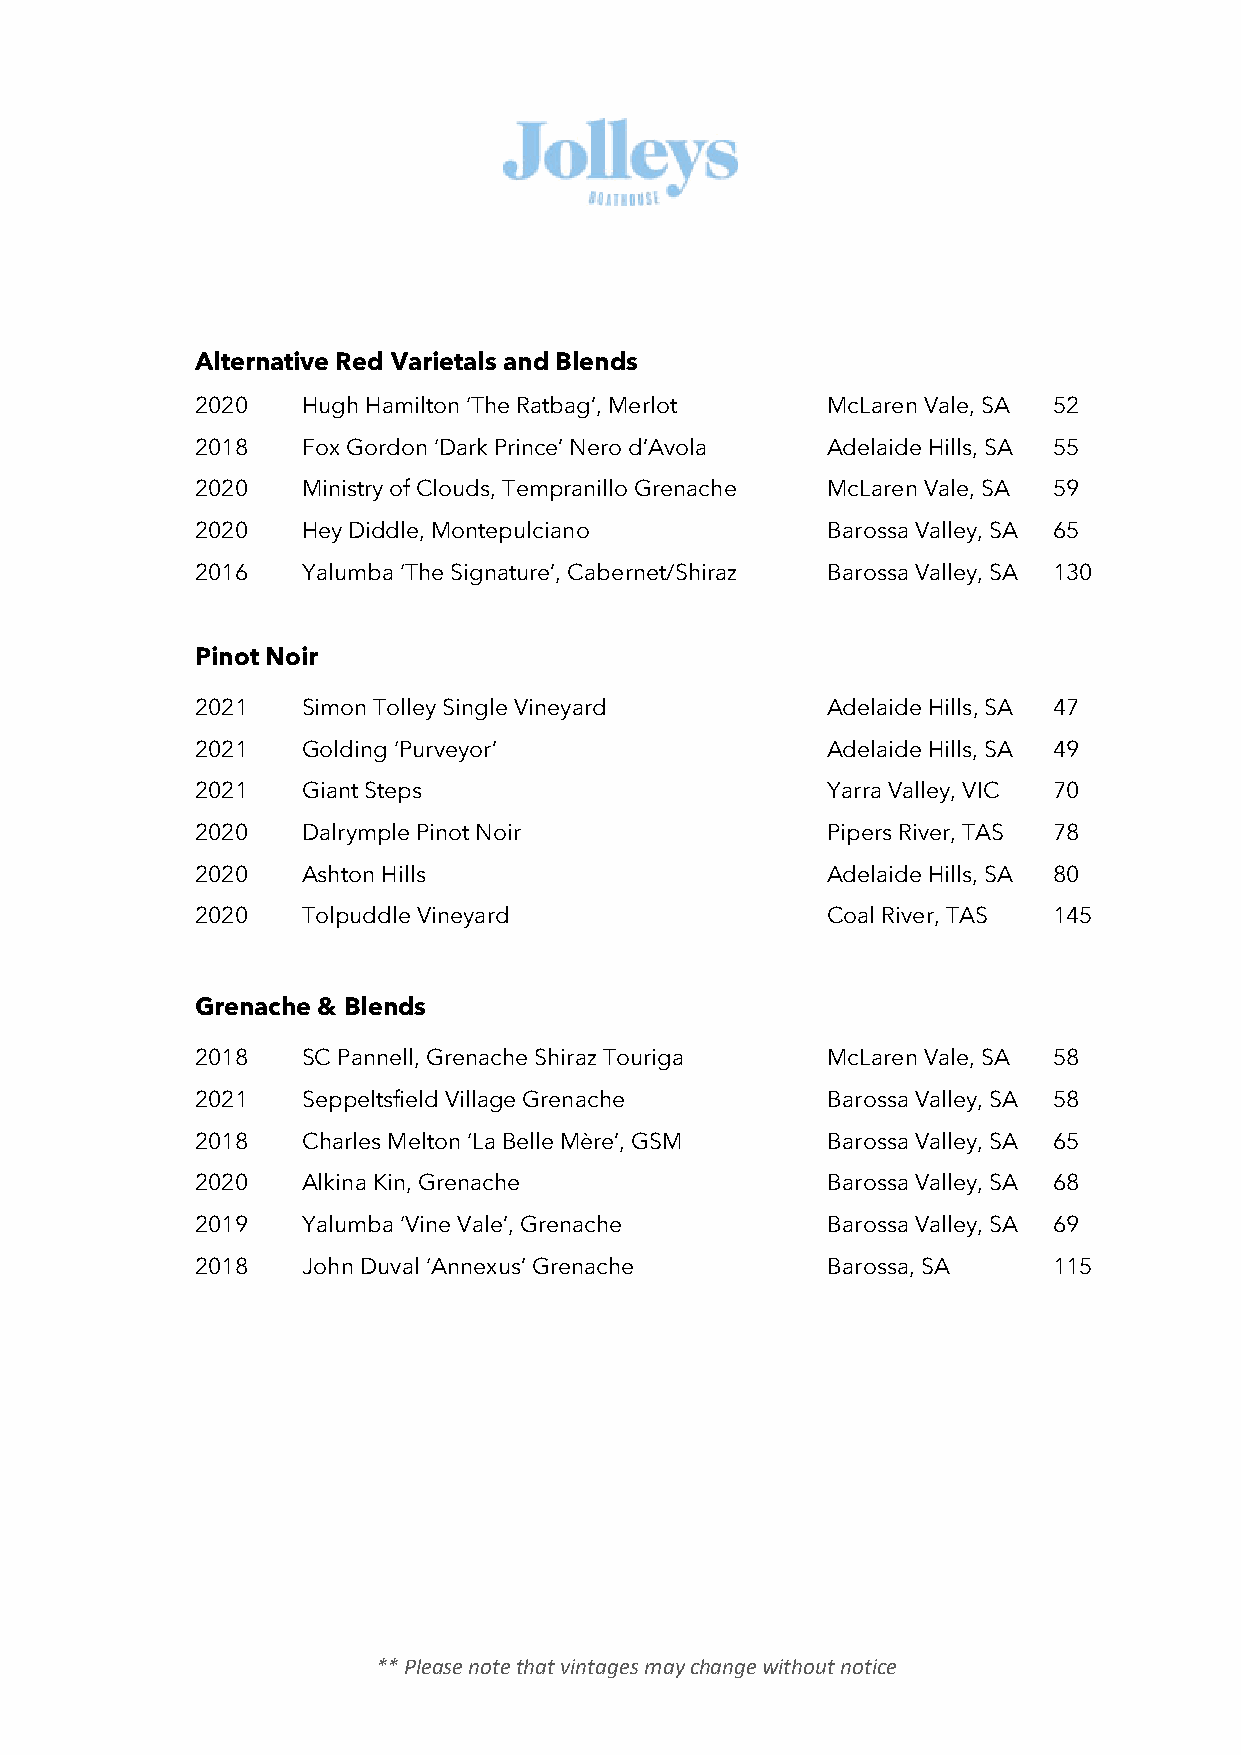
Alternative Red Varietals and Blends
 2020   Hugh Hamilton ‘The Ratbag’, Merlot McLaren Vale, SA 52
 2018   Fox Gordon ‘Dark Prince’ Nero d’Avola Adelaide Hills, SA 55
 2020   Ministry of Clouds, Tempranillo Grenache McLaren Vale, SA 59
 2020   Hey Diddle, Montepulciano          Barossa Valley, SA 65
 2016   Yalumba ‘The Signature’, Cabernet/Shiraz Barossa Valley, SA 130
 Pinot Noir
 2021   Simon Tolley Single Vineyard       Adelaide Hills, SA 47
 2021   Golding ‘Purveyor’                 Adelaide Hills, SA 49
 2021   Giant Steps                        Yarra Valley, VIC 70
 2020   Dalrymple Pinot Noir               Pipers River, TAS 78
 2020   Ashton Hills                       Adelaide Hills, SA 80
 2020   Tolpuddle Vineyard                 Coal River, TAS 145
 Grenache & Blends
 2018   SC Pannell, Grenache Shiraz Touriga McLaren Vale, SA 58
 2021   Seppeltsfield Village Grenache     Barossa Valley, SA 58
 2018   Charles Melton ‘La Belle Mère’, GSM Barossa Valley, SA 65
 2020   Alkina Kin, Grenache               Barossa Valley, SA 68
 2019   Yalumba ‘Vine Vale’, Grenache      Barossa Valley, SA 69
 2018   John Duval ‘Annexus’ Grenache      Barossa, SA    115
 ** Please note that vintages may change without notice